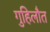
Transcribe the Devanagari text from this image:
गुहिलौत